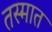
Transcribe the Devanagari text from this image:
तस्मात